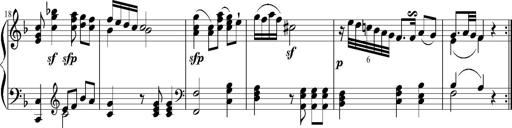
Title: 12 Sonatinas for Piano
Composer: Johann Baptist Vanhal